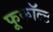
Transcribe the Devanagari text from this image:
फूकॉल्ट